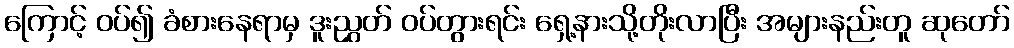
ကြောင့် ဝပ်၍ ခံစားနေရာမှ ဒူးညွှတ် ဝပ်တွားရင်း ရှေ့နားသို့တိုးလာပြီး အများနည်းတူ ဆုတော်